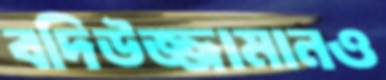
বদিউজ্জামানও